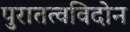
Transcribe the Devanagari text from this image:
पुरातत्वविदोन